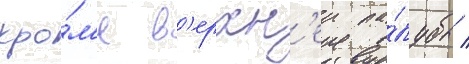
кро́м'е в'ерхн'еи па́лубы /